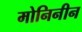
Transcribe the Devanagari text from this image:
मोनिनीन